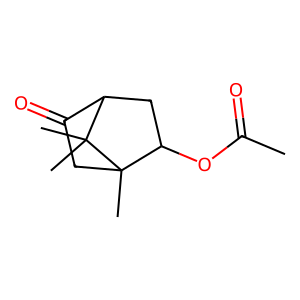
SMILES: CC(=O)OC1CC2C(=O)CC1(C)C2(C)C
Inhibits HIV replication: No